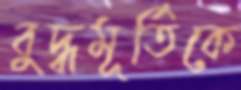
বুদ্ধমূর্তিকে